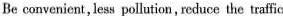
Be convenient,less pollution, reduce the traffic